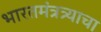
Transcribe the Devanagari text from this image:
भारतमंत्रत्र्याचा